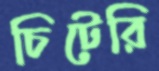
চিটেরি